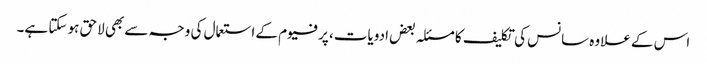
اس کے علاوہ سانس کی تکلیف کا مسئلہ بعض ادویات، پرفیوم کے استعمال کی وجہ سے بھی لاحق ہو سکتا ہے۔